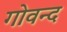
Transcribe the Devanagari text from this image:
गोवन्द